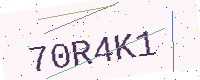
Text: 70R4K1